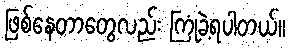
ဖြစ်နေတာတွေလည်း ကြုံခဲ့ရပါတယ်။